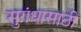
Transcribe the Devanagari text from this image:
सुगंधासाठी